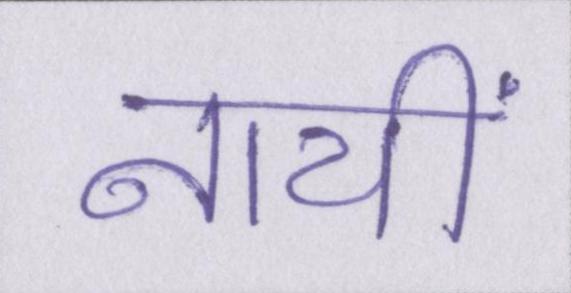
नायीं